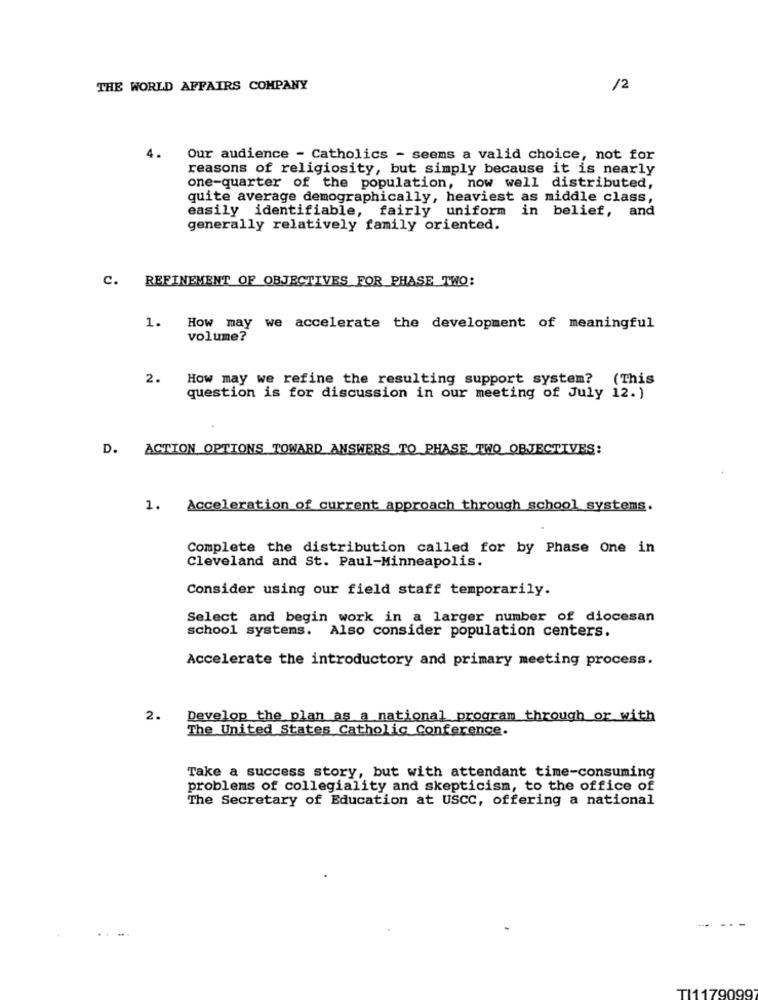
THE WORLD AFFAIRS COMPANY
/2
4.
Our audience - Catholics - seems a valid choice, not for
reasons of religiosity, but simply because it is nearly
one-quarter of the population, now well distributed,
quite average demographically, heaviest as middle class,
easily identifiable, fairly uniform in belief, and
generally relatively family oriented.
C. REFINEMENT OF OBJECTIVES FOR PHASE TWO:
1. How may we accelerate the development of meaningful
volume?
2.
How may we refine the resulting support system? (This
question is for discussion in our meeting of July 12. )
D. ACTION OPTIONS TOWARD ANSWERS TO PHASE TWO OBJECTIVES:
1. Acceleration of current approach through school systems.
Complete the distribution called for by Phase One in
Cleveland and St. Paul-Minneapolis.
Consider using our field staff temporarily.
Select and begin work in a larger number of diocesan
school systems.
Also consider population centers.
Accelerate the introductory and primary meeting process.
2.
Develop the plan as a national program through or with
The United States Catholic Conference.
Take a success story, but with attendant time-consuming
problems of collegiality and skepticism, to the office of
The Secretary of Education at USCC, offering a national
TI1179099